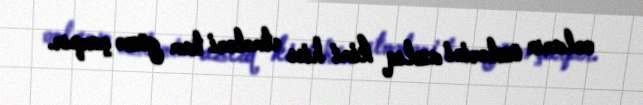
onların özlərini azlıq kimi hiss etmələri tam gözə çarpır.